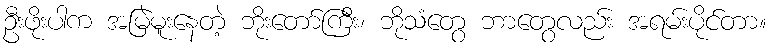
ဦးဖိုးပါက အမြဲမူးနေတဲ့ ဘိုးတော်ကြီး၊ ဘိုသံတွေ ဘာတွေလည်း အရမ်းပိုင်တာ။